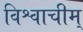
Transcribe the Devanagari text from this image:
विश्वाचीम्